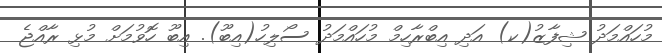
މުހައްމަދު ޝިފާޒު(ކ) އަދި އިބްރާހިމް މުހައްމަދު ސޯލިހު(އިބޫ). އިބޫ ހޮވުމަށް މުޅި ރާއްޖެ